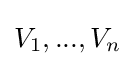
V_{1},...,V_{n}